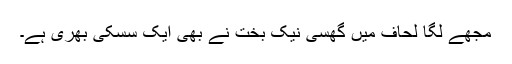
مجھے لگا لحاف میں گھسی نیک بخت نے بھی ایک سسکی بھری ہے۔